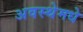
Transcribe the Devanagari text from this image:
अवस्थेमधे